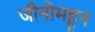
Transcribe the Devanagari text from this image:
जीनोमहून